Madras plague regulations in force outside the Presidency town - Volume 5
Disease focus: Plague
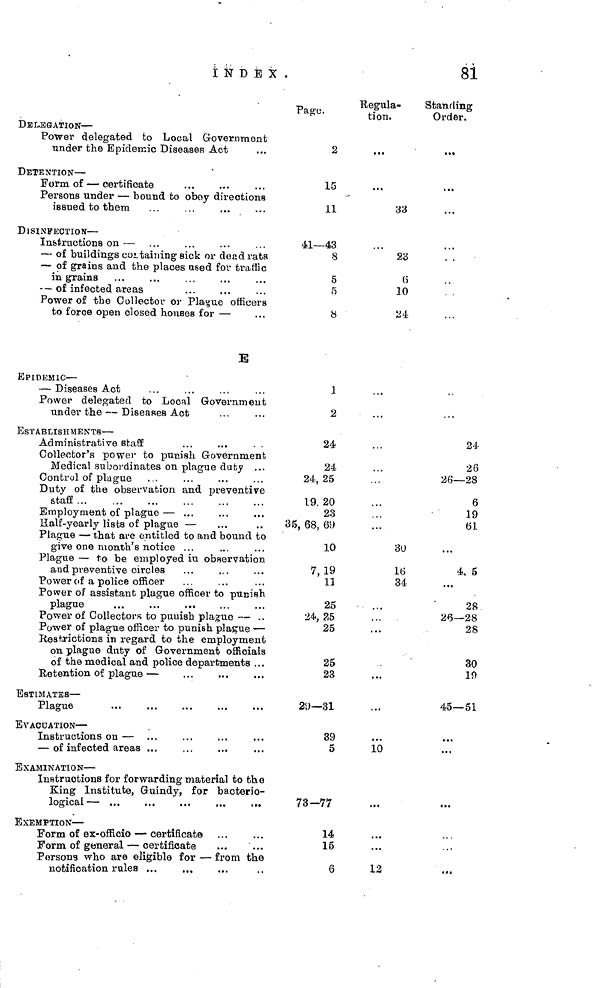
INDEX.
81
DELEGATION —
Power delegated to Local Government
under the Epidemic Diseases Act
DETENTION —
Form of — certificate
Persons under — bound to obey directions
issued to them
DISINFECTION —
Instructions on —
— of buildings containing sick or dead rats
— of grains and the places used for traffic
in grains
— of infected areas
Power of the Collector or Plague officers
to force open closed houses for —
B
EPIDEMIC —
— Diseases Act
Power delegated to Local Government
under the — Diseases Act
ESTABLISHMENTS —
Administrative
staff
Collector's power to punish Government
Medical subordinates on plague duty ...
Control of plague
Duty of the observation and preventive
staff
Employment of plague —
Half-yearly lists of plague —
Plague — that are entitled to and bound to
give one month's notice
Plague — to be employed in observation
Power of a police officer
Power of assistant plague officer to
punish
plague
Power of plague officer to punish plague —
on plague duty of Government officials
Retention of plague —
ESTIMATES —
Plague
EVACUATION —
Instructions on
—
EXAMINATION —
Instructions for forwarding material to the
King Institute, Guindy, for bacterio-
logical
—
EXEMPTION
—
Form of general —
certificate
Persons who are eligible for — from the
notification rules
Page.
2
15
11
41—43
8
5
5
8
1
2
24
24
24, 25
19, 20
23
35, 68, 69
10
7, 19
11
25
24, 25
25
25
23
29— 31
39
5
73-77
14
15
6
Regula-
tion.
33
23
6
30
24
30
16
34
10
12
Standing
Order.
...
24
26
26—28
6
19
61
4, 5
28
26— 28
28
30
19
45—51
...